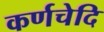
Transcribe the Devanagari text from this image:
कर्णचेदि